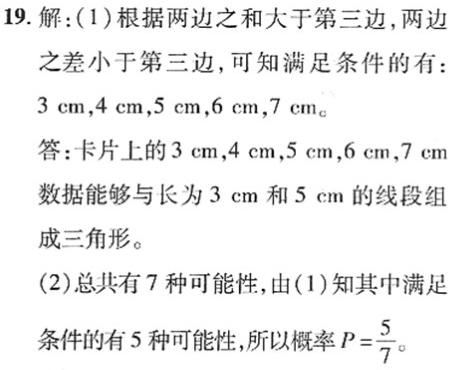
19. 解：(1) 根据两边之和大于第三边，两边之差小于第三边，可知满足条件的有 \(3\mathrm{cm},4\mathrm{cm},5\mathrm{cm},6\mathrm{cm},7\mathrm{cm}\)。
答：卡片上的 \(3\mathrm{cm},4\mathrm{cm},5\mathrm{cm},6\mathrm{cm},7\mathrm{cm}\) 数据能够与长为 \(3\mathrm{cm}\) 和 \(5\mathrm{cm}\) 的线段组成三角形。
(2) 总共有 \(7\) 种可能性，由(1)知其中满足条件的有 \(5\) 种可能性，所以概率 \(P = \frac{5}{7}\)。